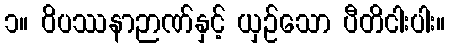
၁။ ဝိပဿနာဉာဏ်နှင့် ယှဉ်သော ပီတိငါးပါး။